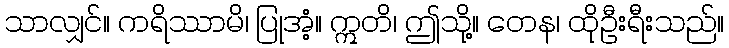
သာလျှင်။ ကရိဿာမိ၊ ပြုအံ့။ ဣတိ၊ ဤသို့။ တေန၊ ထိုဦးရီးသည်။